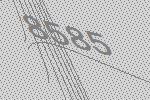
8585